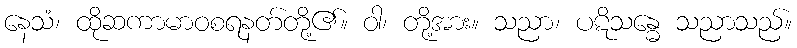
နေသံ၊ ထိုဆကာမာဝစရနတ်တို့၏။ ဝါ၊ တို့အား။ သညာ၊ ပဋိသန္ဓေ သညာသည်။